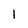
Character: 1